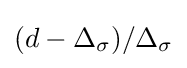
(d-\Delta _{\sigma })/\Delta _{\sigma }